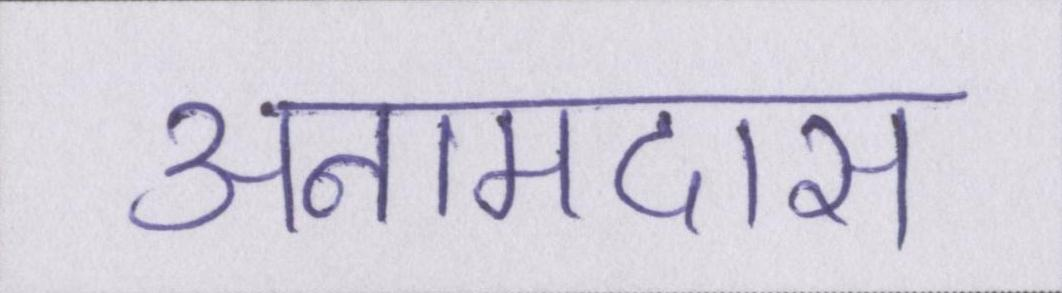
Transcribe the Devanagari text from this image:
अनामदास